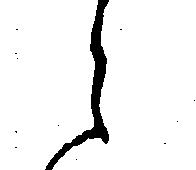
ら